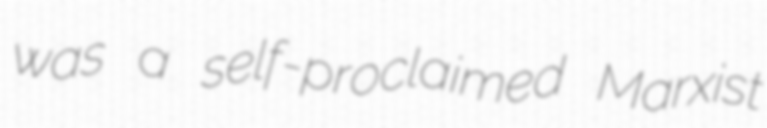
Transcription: was a self-proclaimed Marxist